Civil Veterinary Dept. Bombay admin report 1932-41 - 1932-1941
Year: 1932
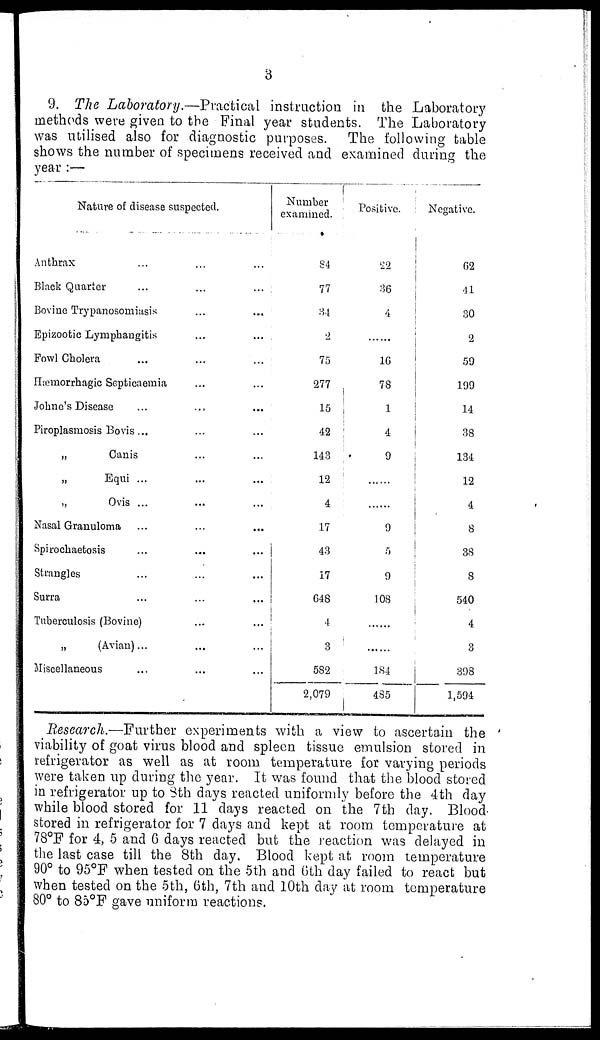
3
9. The Laboratory.—Practical instruction in the Laboratory
methods were given to the Final year students. The Laboratory
was utilised also for diagnostic purposes. The following table
shows the number of specimens received and examined during the
year :—
Nature of disease suspected.
Anthrax ... ... ...
Black Quarter
...
...
...
Bovine Trypanosomiasis ... ...
Epizootic Lymphangitis ... ...
Fowl Cholera ... ... ...
Hæmorrhagic Septicaemia ... ...
Johne's Disease ... ... ...
Piroplasmosis Bovis ... ... ...
„
Canis ... ...
„
Equi ... ... ...
„
Ovis ... ... ...
Nasal Granuloma ... ... ...
Spirochaetosis ... ... ...
Strangles ... ... ...
Surra ... ... ...
Tuberculosis (Bovine) ... ...
„
(Avian)... ... ...
Miscellaneous ... ... ...
Number
examined.
84
77
34
2
75
277
15
42
143
12
4
17
43
17
648
4
3
582
2,079
Positive.
22
36
4
......
16
78
1
4
9
9
5
9
108
......
184
485
Negative.
62
41
30
2
59
199
14
38
134
12
4
8
38
8
540
4
3
398
1,594
Research.—Further experiments with a view to ascertain the
viability of goat virus blood and spleen tissue emulsion stored in
refrigerator as well as at room temperature for varying periods
were taken up during the year. It was found that the blood stored
in refrigerator up to 8th days reacted uniformly before the 4th day
while blood stored for 11 days reacted on the 7th day. Blood-
stored in refrigerator for 7 days and kept at room temperature at
78°F for 4, 5 and 6 days reacted but the reaction was delayed in
the last case till the 8th day. Blood kept at room temperature
90° to 95°F when tested on the 5th and 6th day failed to react but
when tested on the 5th, 6th, 7th and 10th day at room temperature
80° to 85°F gave uniform reactions.